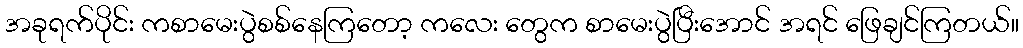
အခုရက်ပိုင်း ကစာမေးပွဲစစ်နေကြတော့ ကလေး တွေက စာမေးပွဲပြီးအောင် အရင် ဖြေချင်ကြတယ်။